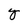
Character: Y